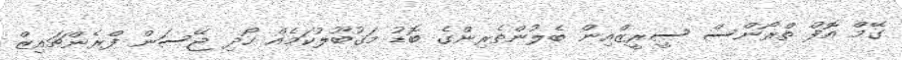
ގޭމް އޮފް ތްރޯންސް ސީރީޒްއިން ބެލުންތެރިންގެ ބޮޑު މަޤުބޫލުކަމެއް ހޯދި ޖޭސަން ފްރެންޗައިޒް